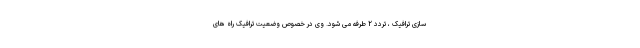
سازی ترافیک ، تردد ۲ طرفه می شود. وی در خصوص وضعیت ترافیک راه های